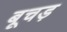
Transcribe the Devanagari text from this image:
बूचड़